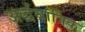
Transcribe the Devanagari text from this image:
अर्द्धयांत्रिक